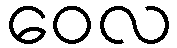
ဝေလ